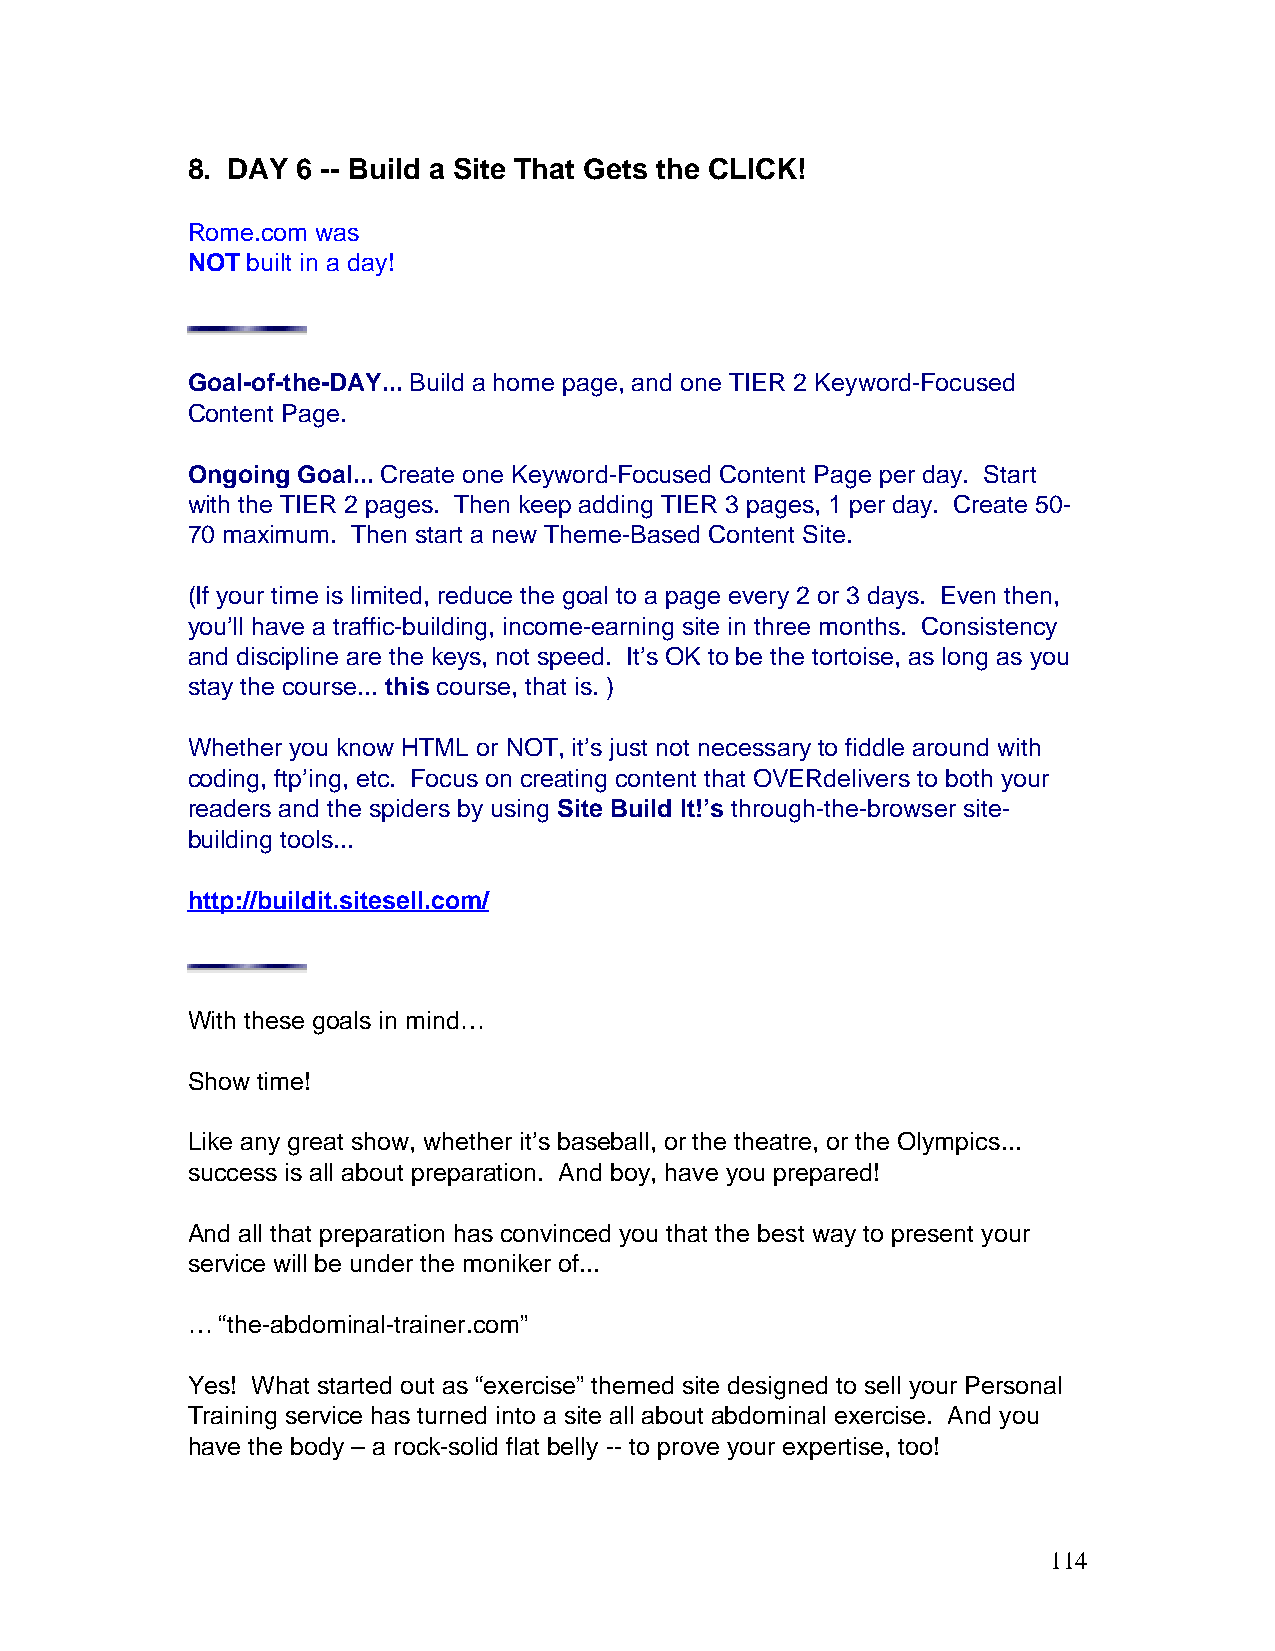
8. DAY  6 -- Build a Site That Gets the CLICK!
 Rome.com was
 NOT built in a day!
 Goal-of-the-DAY... Build a home page, and one TIER 2 Keyword-Focused
 Content Page.
 Ongoing Goal... Create one Keyword-Focused Content Page per day. Start
 with the TIER 2 pages. Then keep adding TIER 3 pages, 1 per day. Create 50-
 70 maximum. Then start a new Theme-Based Content Site.
 (If your time is limited, reduce the goal to a page every 2 or 3 days. Even then,
 you’ll have a traffic-building, income-earning site in three months. Consistency
 and discipline are the keys, not speed. It’s OK to be the tortoise, as long as you
 stay the course... this course, that is. )
 Whether you know HTML or NOT, it’s just not necessary to fiddle around with
 coding, ftp’ing, etc. Focus on creating content that OVERdelivers to both your
 readers and the spiders by using Site Build It!’s through-the-browser site-
 building tools...
 http://buildit.sitesell.com/
 With these goals in mind…
 Show time!
 Like any great show, whether it’s baseball, or the theatre, or the Olympics...
 success is all about preparation. And boy, have you prepared!
 And all that preparation has convinced you that the best way to present your
 service will be under the moniker of...
 …  “the-abdominal-trainer.com”
 Yes! What started out as “exercise” themed site designed to sell your Personal
 Training service has turned into a site all about abdominal exercise. And you
 have the body – a rock-solid flat belly -- to prove your expertise, too!
 114